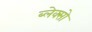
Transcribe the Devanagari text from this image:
ब्लेक्सो